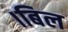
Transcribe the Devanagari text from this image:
।बिल